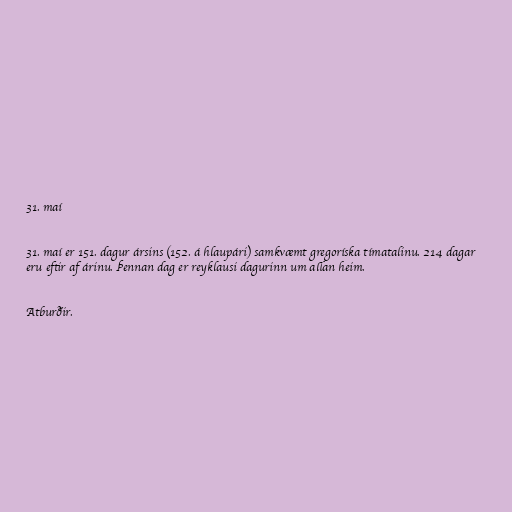
31. maí

31. maí er 151. dagur ársins (152. á hlaupári) samkvæmt gregoríska tímatalinu. 214 dagar
eru eftir af árinu. Þennan dag er reyklausi dagurinn um allan heim.

Atburðir.